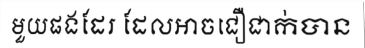
មួយផងដែរ ដែលអាចជឿជាក់បាន